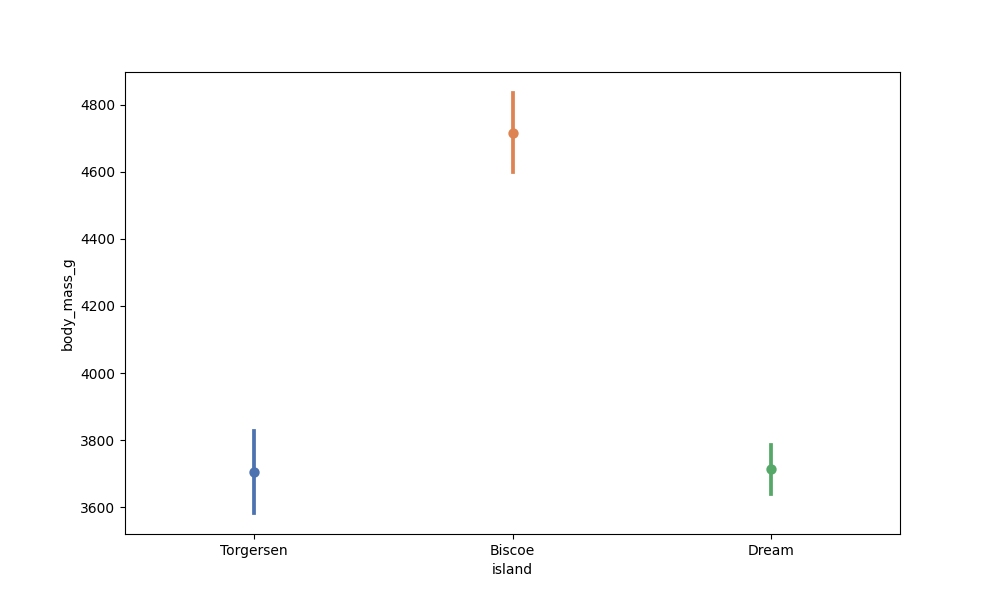
python, seaborn, pointplot, scale=1.0, join=True, hue='None', palette='deep'